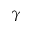
\gamma